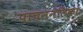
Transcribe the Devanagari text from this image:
पाचननलिका